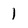
Character: 1